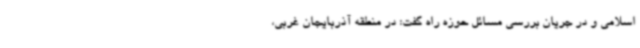
اسلامی و در جریان بررسی مسائل حوزه راه گفت: در منطقه آذربایجان غربی،